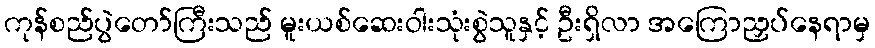
ကုန်စည်ပွဲတော်ကြီးသည် မူးယစ်ဆေးဝါးသုံးစွဲသူနှင့် ဦးရှိလာ အကြောညှပ်နေရာမှ